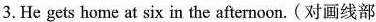
3.He gets home\underline{at six } in the afternoon. (对画线部